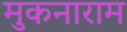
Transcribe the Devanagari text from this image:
मुकनाराम